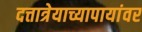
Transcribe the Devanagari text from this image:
दत्तात्रेयाच्यापायांवर